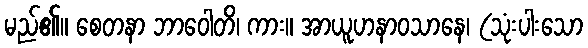
မည်၏။ စေတနာ ဘာဝေါတိ၊ ကား။ အာယူဟနာဝသာနေ၊ (သုံးပါးသော